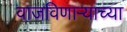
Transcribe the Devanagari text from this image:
वाजविणाऱ्याच्या